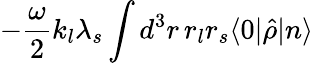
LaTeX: -\frac{\omega}{2}k_{l}\lambda_{s}\int d^{3}r\, r_{l}r_{s}\langle 0|\hat{\rho}|n\rangle